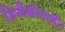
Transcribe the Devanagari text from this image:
मिनीकॉनामी।